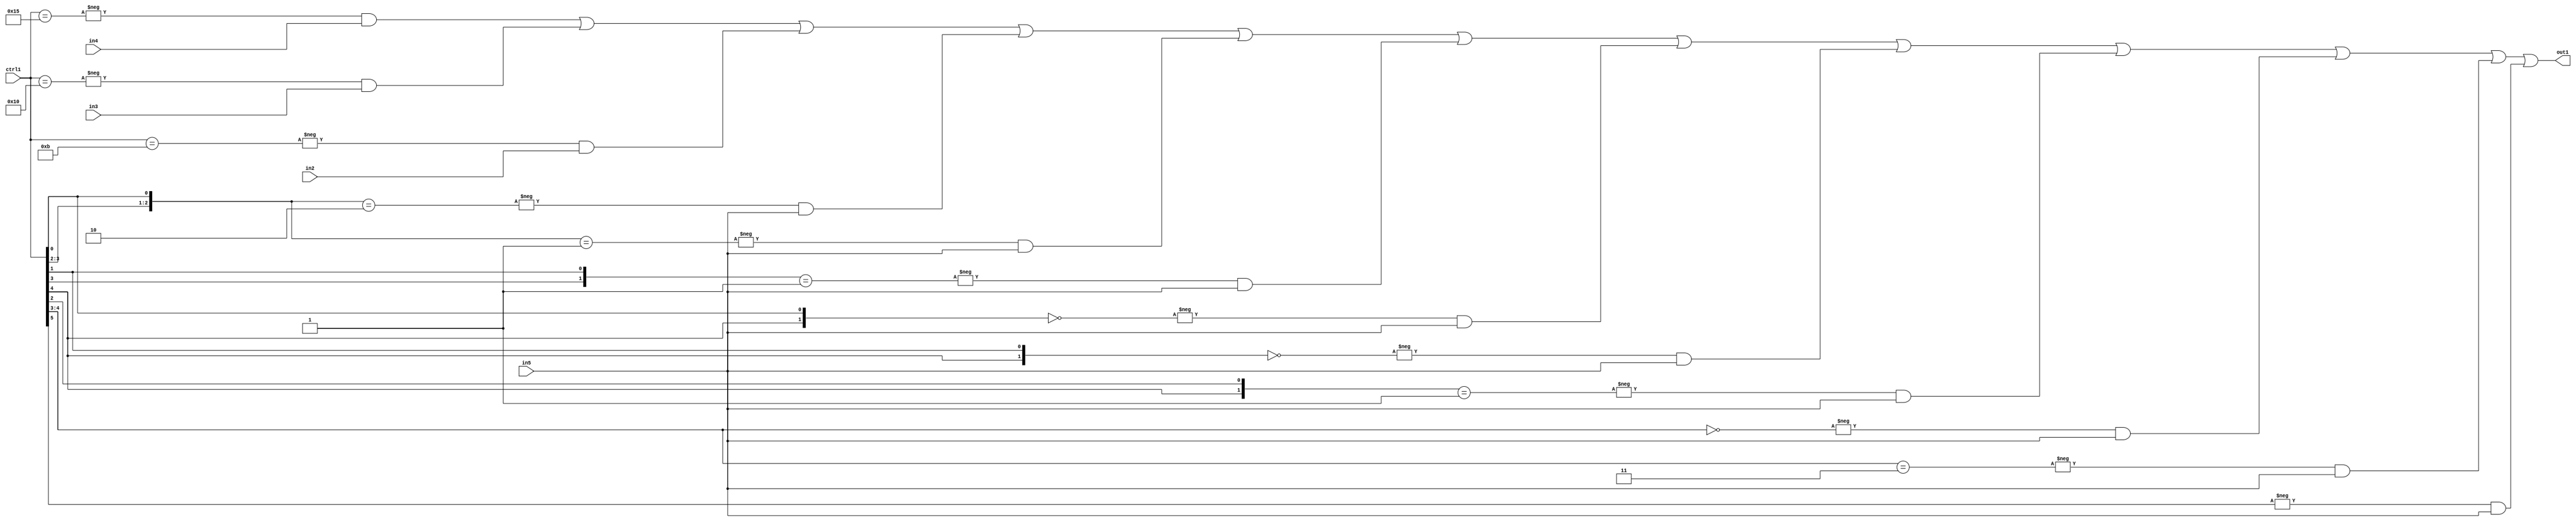
`timescale 1ps / 1ps
/*****************************************************************************
    Verilog RTL Description
    
    
    Created by: Stratus DpOpt 21.05.01 
*******************************************************************************/

module SobelFilter_N_Mux_32_4_54_4 (
	in5,
	in4,
	in3,
	in2,
	ctrl1,
	out1
	); /* architecture "behavioural" */ 
input [31:0] in5;
input [8:0] in4,
	in3,
	in2;
input [5:0] ctrl1;
output [31:0] out1;
wire [31:0] asc001;

assign asc001 = 
	-{ctrl1 == 6'B010101} & in4 |
	-{ctrl1 == 6'B010000} & in3 |
	-{ctrl1 == 6'B001011} & in2 |
	-{{ctrl1[3:2], ctrl1[0]} == 3'B010} & in5 |
	-{{ctrl1[3:2], ctrl1[0]} == 3'B001} & in5 |
	-{{ctrl1[3], ctrl1[1]} == 2'B01} & in5 |
	-{{ctrl1[4], ctrl1[0]} == 2'B00} & in5 |
	-{{ctrl1[4], ctrl1[1]} == 2'B00} & in5 |
	-{{ctrl1[4], ctrl1[2]} == 2'B01} & in5 |
	-{ctrl1[4:3] == 2'B00} & in5 |
	-{ctrl1[4:3] == 2'B11} & in5 |
	-{ctrl1[5] == 1'B1} & in5 ;

assign out1 = asc001;
endmodule

/* CADENCE  vbj5Sww= : u9/ySxbfrwZIxEzHVQQV8Q== ** DO NOT EDIT THIS LINE ******/